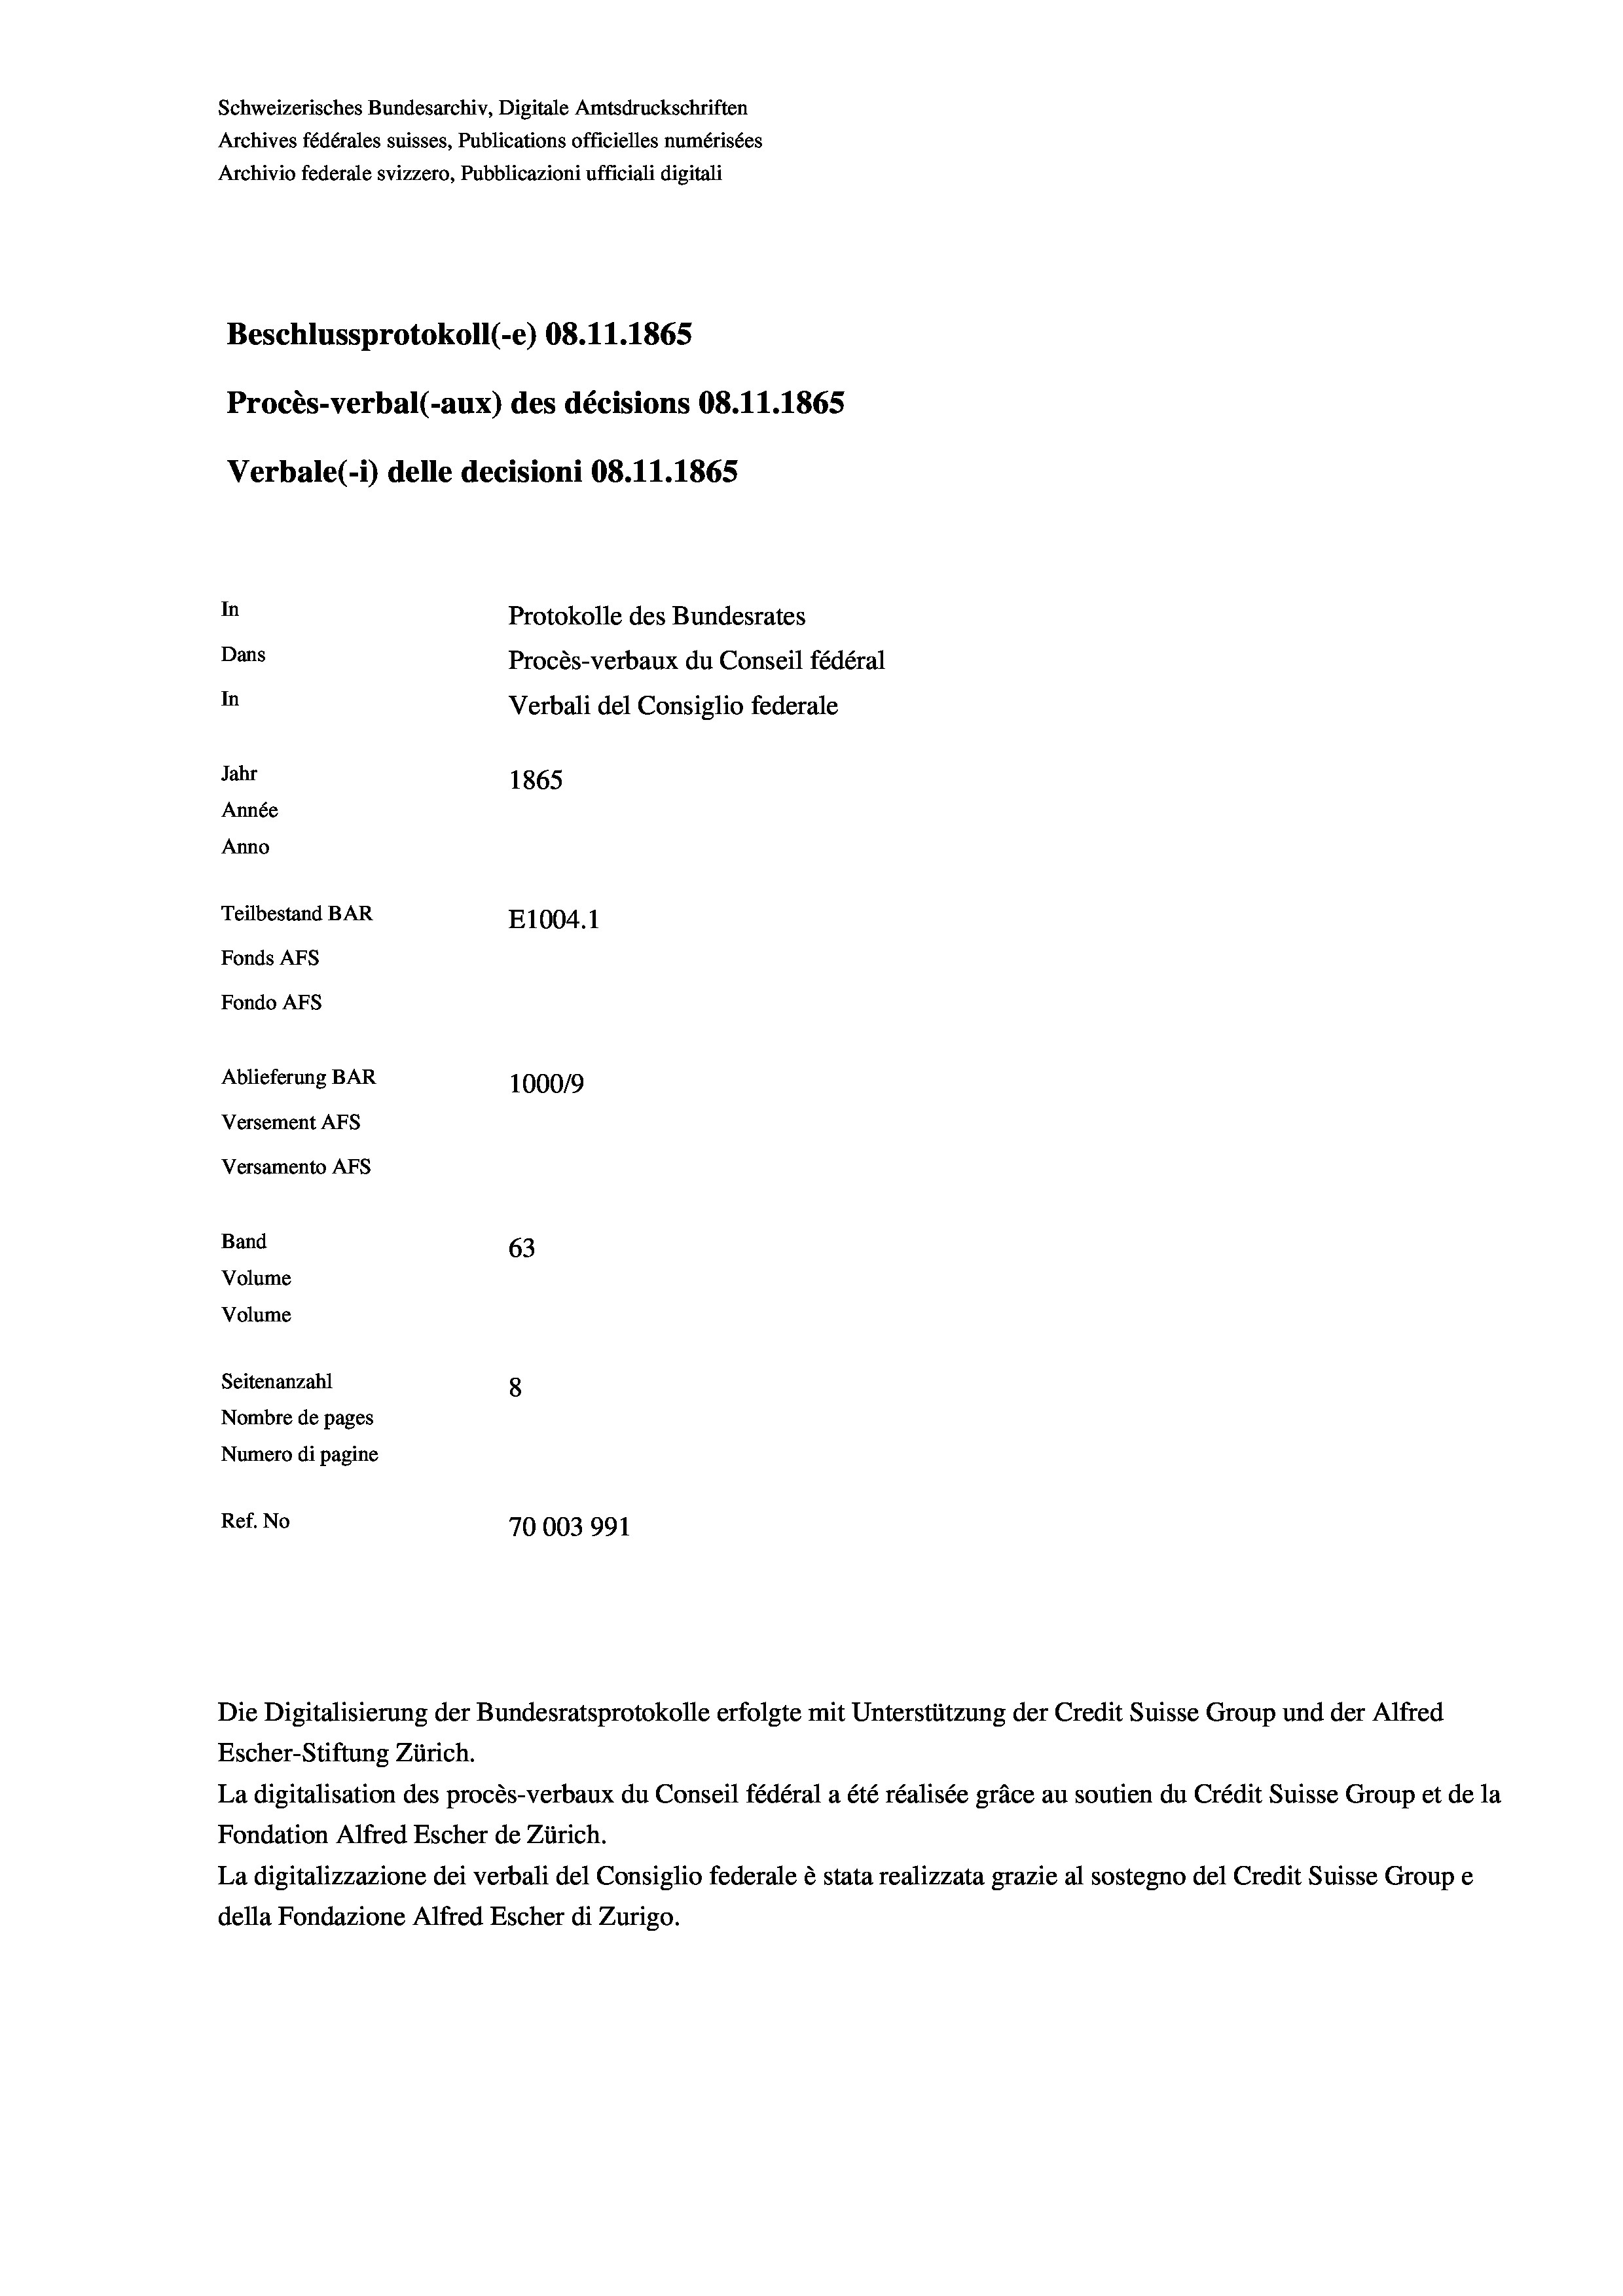
Schweizerisches Bundesarchiv, Digitale Amtsdruckschriften
Archives fédérales suisses, Publications officielles numérisées
Archivio federale svizzero, Pubblicazioni ufficiali digitali
Beschlussprotokoll (-e) 08.11.1865
Procès-verbal (-aux) des décisions 08.11.1865
Verbale (i) delle decisioni 08.11.1865
In
Protokolle des Bundesrates
Dans
Procès-verbaux du Conseil fédéral
In
Verbali del Consiglio federale
Jahr
1865
Année
Anno
Teilbestand BAR
E1004. 1
Fonds Afs
Fondo AFs
Ablieferung BAR
100019
Versement AFS
Versamento Afs
Band
63
Volume
Volume
Seitenanzahl
8
Nombre de pages
Numero di pagine
Ref. No
70003991

La digitalisation des procès-verbaux du Conseil fédéral a été réalisée gräce au soutien du Crédit Suisse Group et de la
Fondation Alfred Escher de Zürich.
La digitalizzazione dei verbali del Consiglio federale è stata realizzata grazie al sostegno del Credit Suisse Groupe
della Fondazione Alfred Escher di Zurigo.

Die Digitalisierung der Bundesratsprotokolle erfolgte mit Unterstützung der Credit Suisse Group und der Alfred
Escher-Stiftung Zürich.